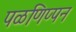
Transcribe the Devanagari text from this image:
पळणिप्पन